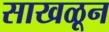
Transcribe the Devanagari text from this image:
साखळून